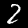
Label: 2